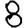
Digit: 8